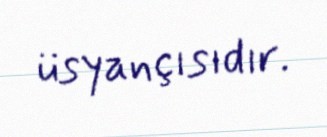
üsyançısıdır.